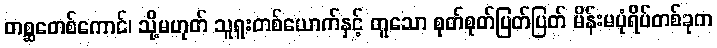
တစ္ဆတေစ်ကောင်၊ သို့မဟုတ် သူရူးတစ်ယောက်နှင့် တူသော စုတ်စုတ်ပြတ်ပြတ် မိန်းမပုံရိပ်တစ်ခုက